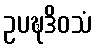
ဥပဍ္ဎဒိဝသံ